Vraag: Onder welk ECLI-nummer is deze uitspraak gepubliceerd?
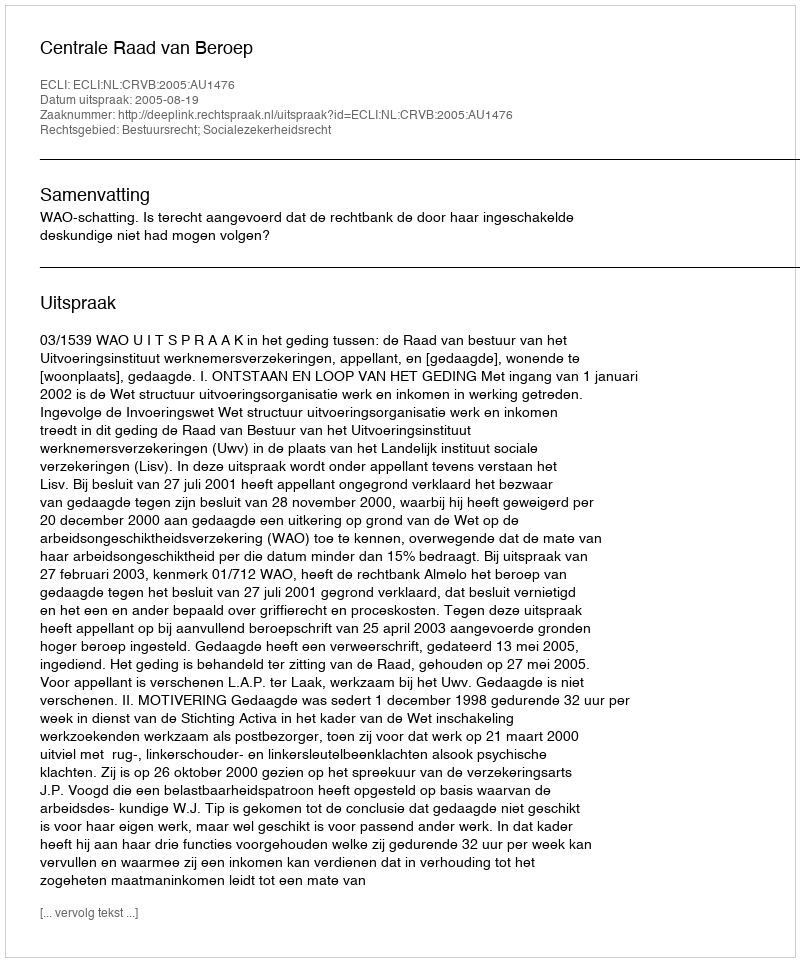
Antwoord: ECLI:NL:CRVB:2005:AU1476